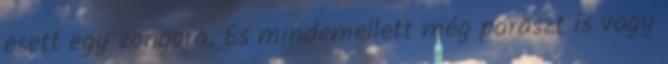
esett egy zongora. És mindemellett még paraszt is vagy